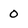
Character: 0